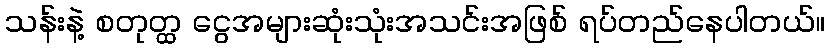
သန်းနဲ့ စတုတ္ထ ငွေအများဆုံးသုံးအသင်းအဖြစ် ရပ်တည်နေပါတယ်။